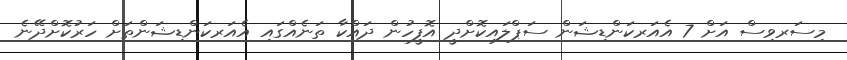
މިސަރވިސް އަށް 7 އެއަރކަންޑިޝަން ސަޕްލައިކޮށްދީ އޮފީހުން ދައްކާ ތަނެއްގައި އެއަރކަންޑިޝަންތަށް ހަރުކޮށްދޭނެ